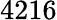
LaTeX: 4216